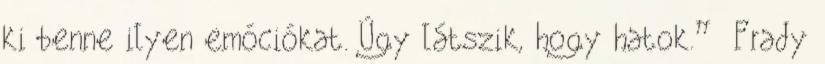
ki benne ilyen emóciókat. Úgy látszik, hogy hatok.” Frady